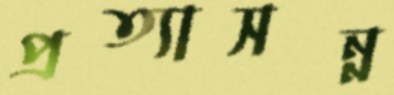
প্রত্যাসন্ন